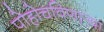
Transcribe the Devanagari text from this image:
पोहोचविणा्र्‍या